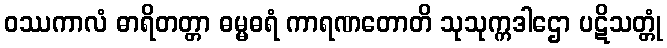
ဝဿကာလံ ဓာရိတတ္တာ ဓမ္မဓရံ ကာရဏတောတိ သုသုက္ကဒါဌော ပဋိသတ္တုံ